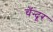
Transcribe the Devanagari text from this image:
चँन्दूर